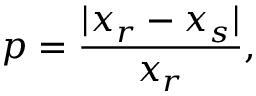
p = \frac { | x _ { r } - x _ { s } | } { x _ { r } } ,